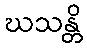
ဃသန္တိ